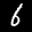
Label: 6